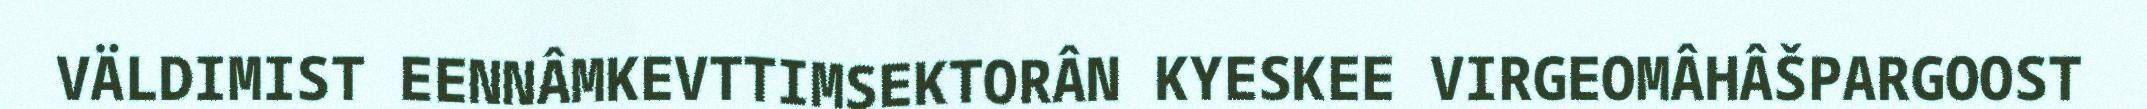
VÄLDIMIST EENNÂMKEVTTIMSEKTORÂN KYESKEE VIRGEOMÂHÂŠPARGOOST